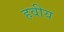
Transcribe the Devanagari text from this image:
हवीय